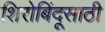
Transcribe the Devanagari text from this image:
शिरोबिंदूसाठी